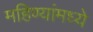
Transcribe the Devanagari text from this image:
महिण्यांमध्ये